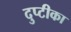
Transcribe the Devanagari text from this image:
दुप्टीका